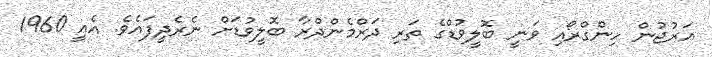
އަރުޖުން ހިންގްރޯއި ވަނީ ބޮލީވުޑްގެ ތަރި ދަރްމެންދްރާ ބޮލީވުޑަށް ނެރެދީފައެވެ. އެއީ 1960